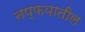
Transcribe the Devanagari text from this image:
नप्फयातील